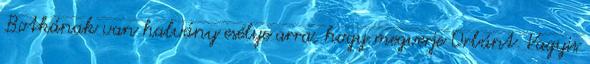
Botkának van halvány esélye arra, hogy megverje Orbánt. Vagyis